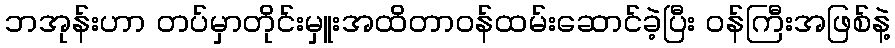
ဘအုန်းဟာ တပ်မှာတိုင်းမှူးအထိတာဝန်ထမ်းဆောင်ခဲ့ပြီး ဝန်ကြီးအဖြစ်နဲ့